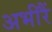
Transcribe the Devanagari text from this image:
अभीरैं